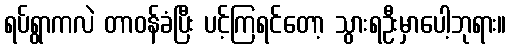
ရပ်ရွာကလဲ တာဝန်ခံပြီး ပင့်ကြရင်တော့ သွားရဦးမှာပေါ့ဘုရား။